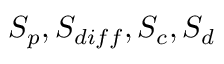
S _ { p } , S _ { d i f f } , S _ { c } , S _ { d }